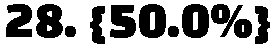
28. {50.0%}